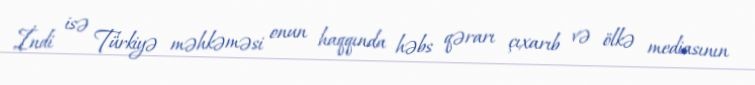
İndi isə Türkiyə məhkəməsi onun haqqında həbs qərarı çıxarıb və ölkə mediasının